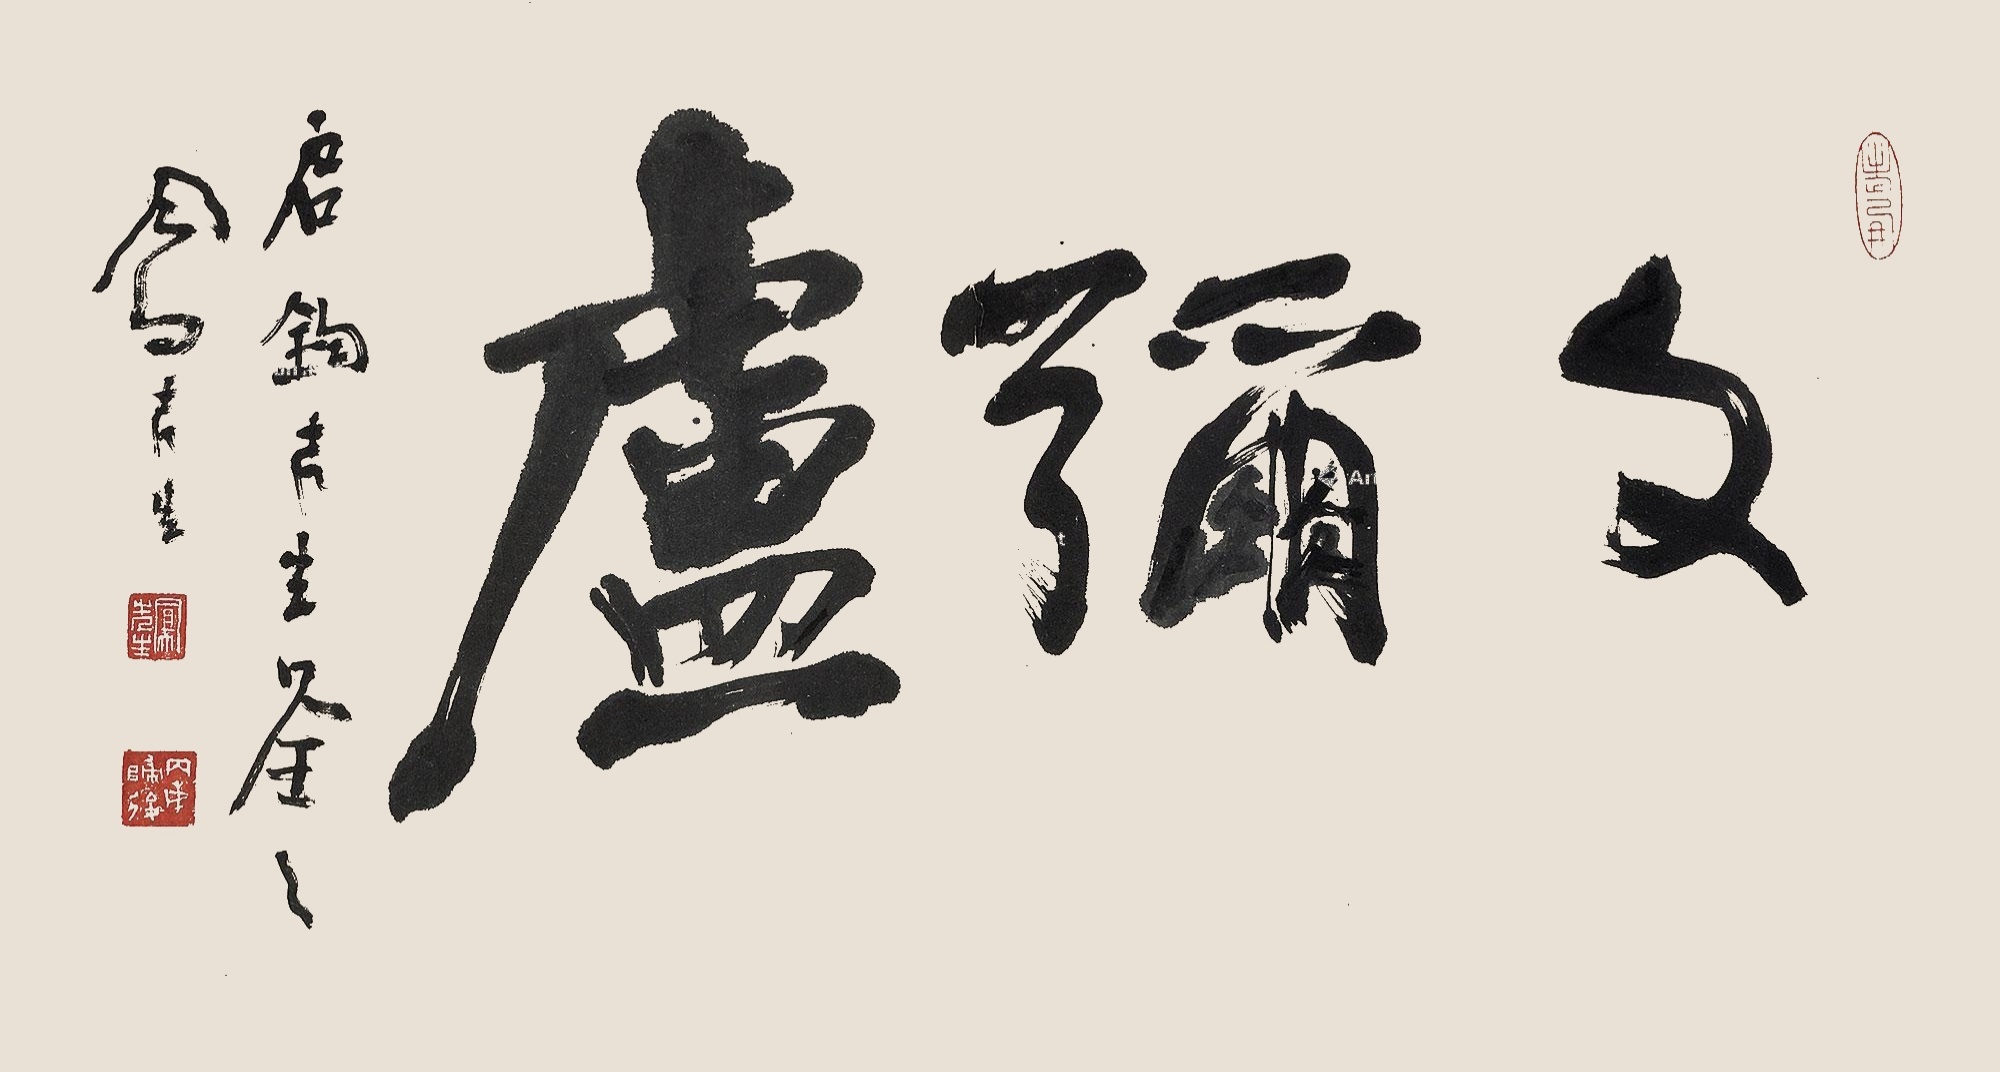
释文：文弥庐。启钧先生鉴之，凤先生。